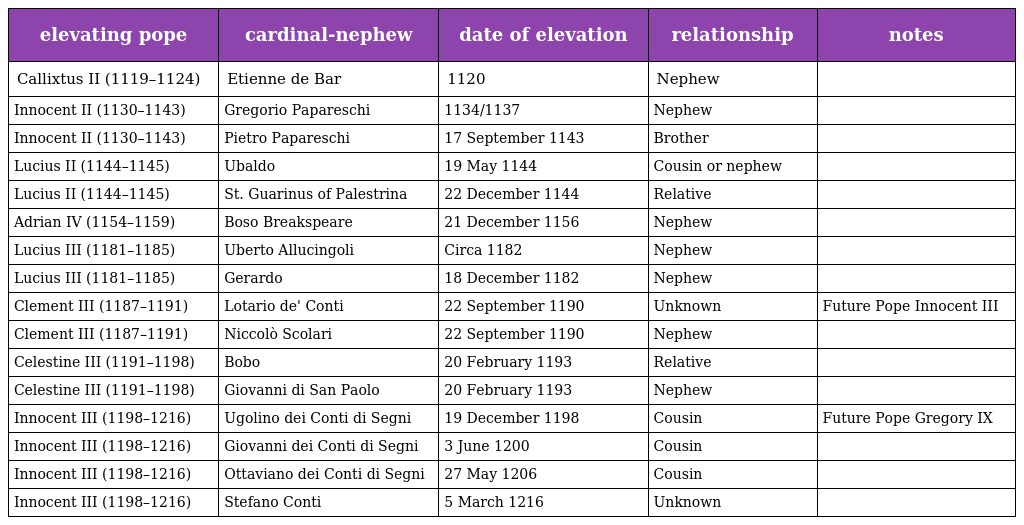
| elevating pope | cardinal-nephew | date of elevation | relationship | notes |
 | --- | --- | --- | --- | --- |
 | Callixtus II (1119–1124) | Etienne de Bar | 1120 | Nephew |  |
 | Innocent II (1130–1143) | Gregorio Papareschi | 1134/1137 | Nephew |  |
 | Innocent II (1130–1143) | Pietro Papareschi | 17 September 1143 | Brother |  |
 | Lucius II (1144–1145) | Ubaldo | 19 May 1144 | Cousin or nephew |  |
 | Lucius II (1144–1145) | St. Guarinus of Palestrina | 22 December 1144 | Relative |  |
 | Adrian IV (1154–1159) | Boso Breakspeare | 21 December 1156 | Nephew |  |
 | Lucius III (1181–1185) | Uberto Allucingoli | Circa 1182 | Nephew |  |
 | Lucius III (1181–1185) | Gerardo | 18 December 1182 | Nephew |  |
 | Clement III (1187–1191) | Lotario de' Conti | 22 September 1190 | Unknown | Future Pope Innocent III |
 | Clement III (1187–1191) | Niccolò Scolari | 22 September 1190 | Nephew |  |
 | Celestine III (1191–1198) | Bobo | 20 February 1193 | Relative |  |
 | Celestine III (1191–1198) | Giovanni di San Paolo | 20 February 1193 | Nephew |  |
 | Innocent III (1198–1216) | Ugolino dei Conti di Segni | 19 December 1198 | Cousin | Future Pope Gregory IX |
 | Innocent III (1198–1216) | Giovanni dei Conti di Segni | 3 June 1200 | Cousin |  |
 | Innocent III (1198–1216) | Ottaviano dei Conti di Segni | 27 May 1206 | Cousin |  |
 | Innocent III (1198–1216) | Stefano Conti | 5 March 1216 | Unknown |  |